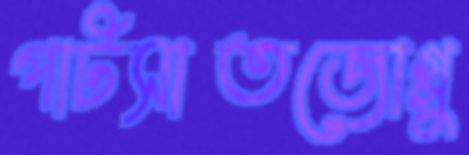
পাটসাতজোগ্লু